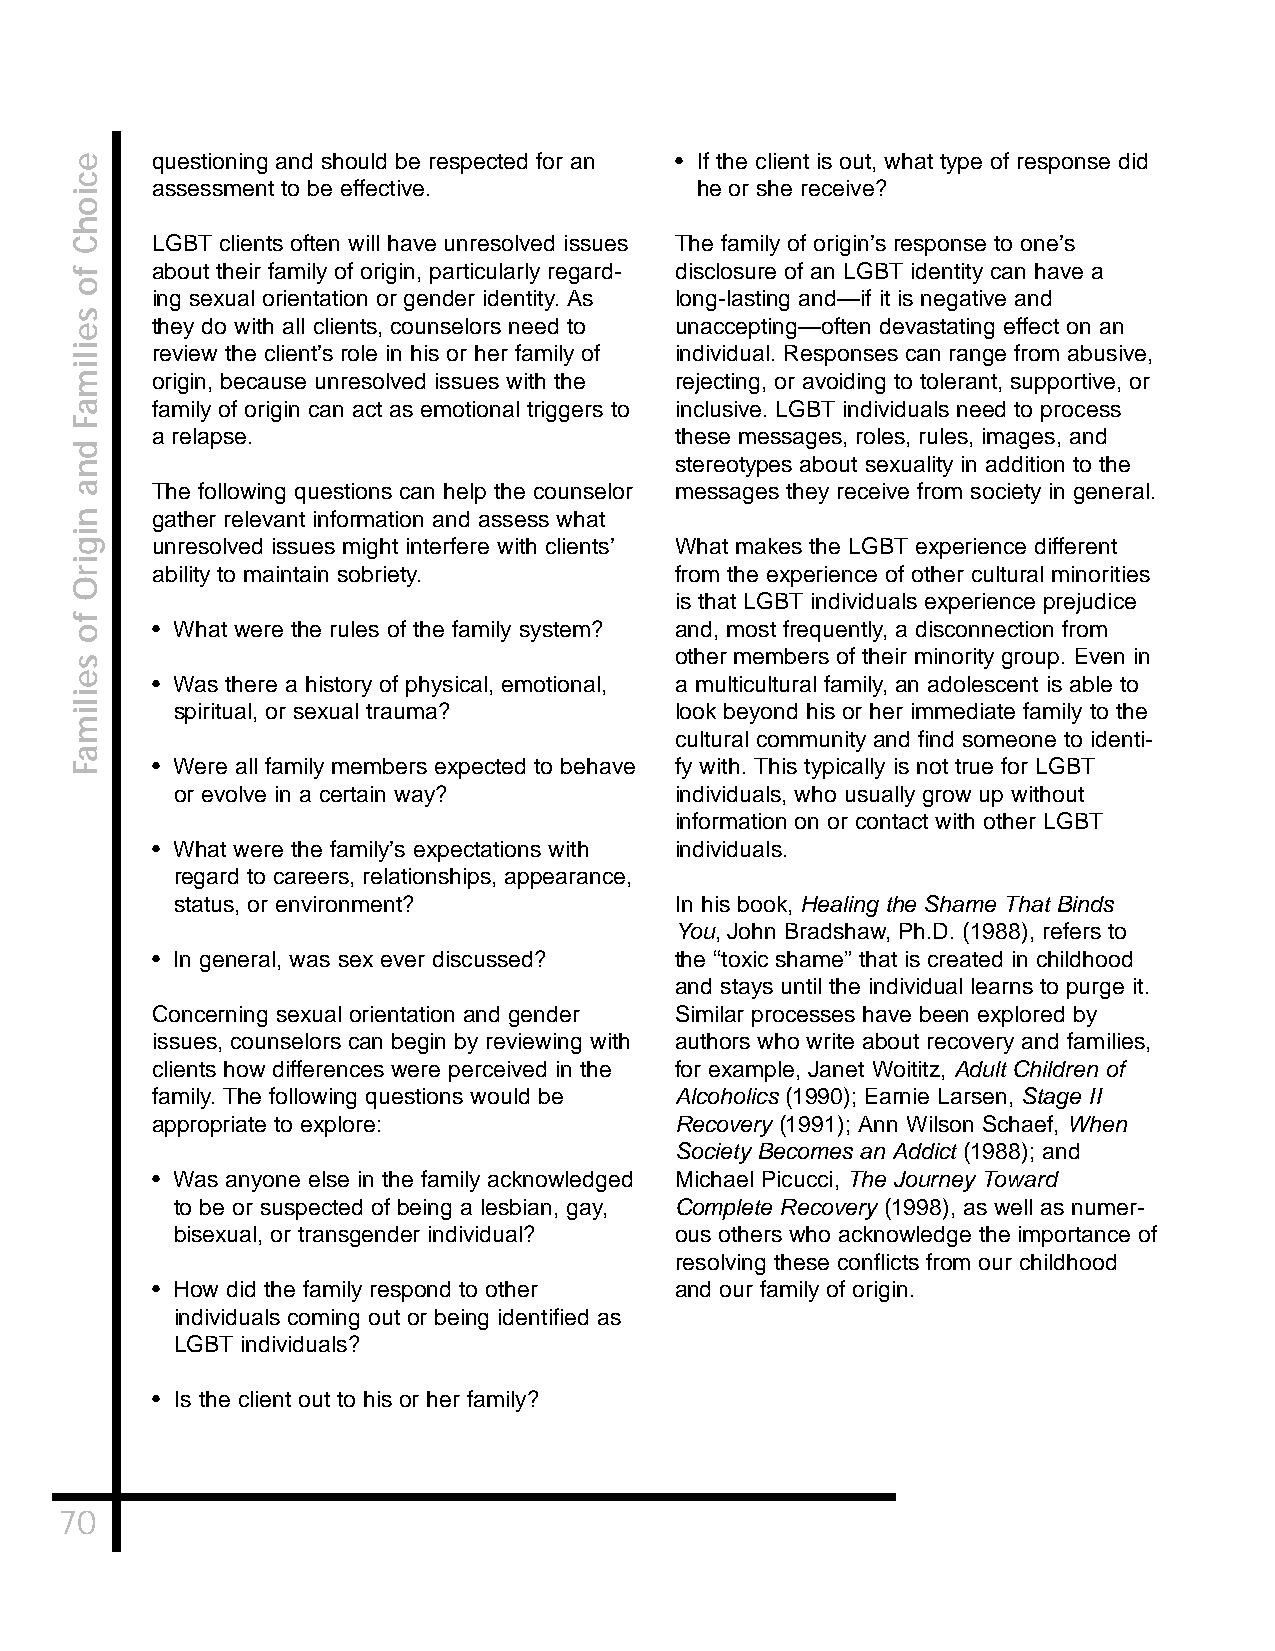
questioning and should be respected for an • If the client is out, what type of response did
 assessment to be effective.         he or she receive?
 LGBT clients often will have unresolved issues The family of origin’s response to one’s
 about their family of origin, particularly regard- disclosure of an LGBT identity can have a
 ing sexual orientation or gender identity. As long-lasting and—if it is negative and
 they do with all clients, counselors need to unaccepting—often devastating effect on an
 review the client’s role in his or her family of individual. Responses can range from abusive,
 origin, because unresolved issues with the rejecting, or avoiding to tolerant, supportive, or
 family of origin can act as emotional triggers to inclusive. LGBT individuals need to process
 a relapse.                         these messages, roles, rules, images, and
 stereotypes about sexuality in addition to the
 The following questions can help the counselor messages they receive from society in general.
 gather relevant information and assess what
 unresolved issues might interfere with clients’ What makes the LGBT experience different
 ability to maintain sobriety.      from the experience of other cultural minorities
 is that LGBT individuals experience prejudice
 • What were the rules of the family system? and, most frequently, a disconnection from
 other members of their minority group. Even in
 • Was there a history of physical, emotional, a multicultural family, an adolescent is able to
 spiritual, or sexual trauma?     look beyond his or her immediate family to the
 cultural community and find someone to identi-
 • Were all family members expected to behave fy with. This typically is not true for LGBT
 or evolve in a certain way?      individuals, who usually grow up without
 information on or contact with other LGBT
 • What were the family’s expectations with individuals.
 regard to careers, relationships, appearance,
 status, or environment?          In his book, Healing the Shame That Binds
 You, John Bradshaw, Ph.D. (1988), refers to
 • In general, was sex ever discussed? the “toxic shame” that is created in childhood
 and stays until the individual learns to purge it.
 Concerning sexual orientation and gender Similar processes have been explored by
 issues, counselors can begin by reviewing with authors who write about recovery and families,
 clients how differences were perceived in the for example, Janet Woititz, Adult Children of
 family. The following questions would be Alcoholics (1990); Earnie Larsen, Stage II
 appropriate to explore:            Recovery (1991); Ann Wilson Schaef, When
 Society Becomes an Addict (1988); and
 • Was anyone else in the family acknowledged Michael Picucci, The Journey Toward
 to be or suspected of being a lesbian, gay, Complete Recovery (1998), as well as numer-
 bisexual, or transgender individual? ous others who acknowledge the importance of
 resolving these conflicts from our childhood
 • How did the family respond to other and our family of origin.
 individuals coming out or being identified as
 LGBT individuals?
 • Is the client out to his or her family?
 70
 eciohC
 fo
 seilimaF
 dna
 nigirO
 fo
 seilimaF